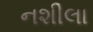
નશીલા